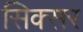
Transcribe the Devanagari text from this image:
सिक्सर